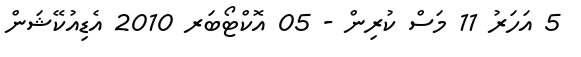
5 އަހަރު 11 މަސް ކުރިން - 05 އޮކްޓޯބަރ 2010 އެޑިއުކޭޝަން